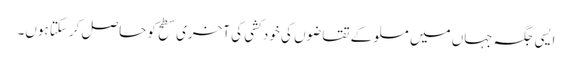
ایسی جگہ جہاں میں مسلو کے تقاضوں کی خود کشی کی آخری سطح کو حاصل کرسکتا ہوں۔